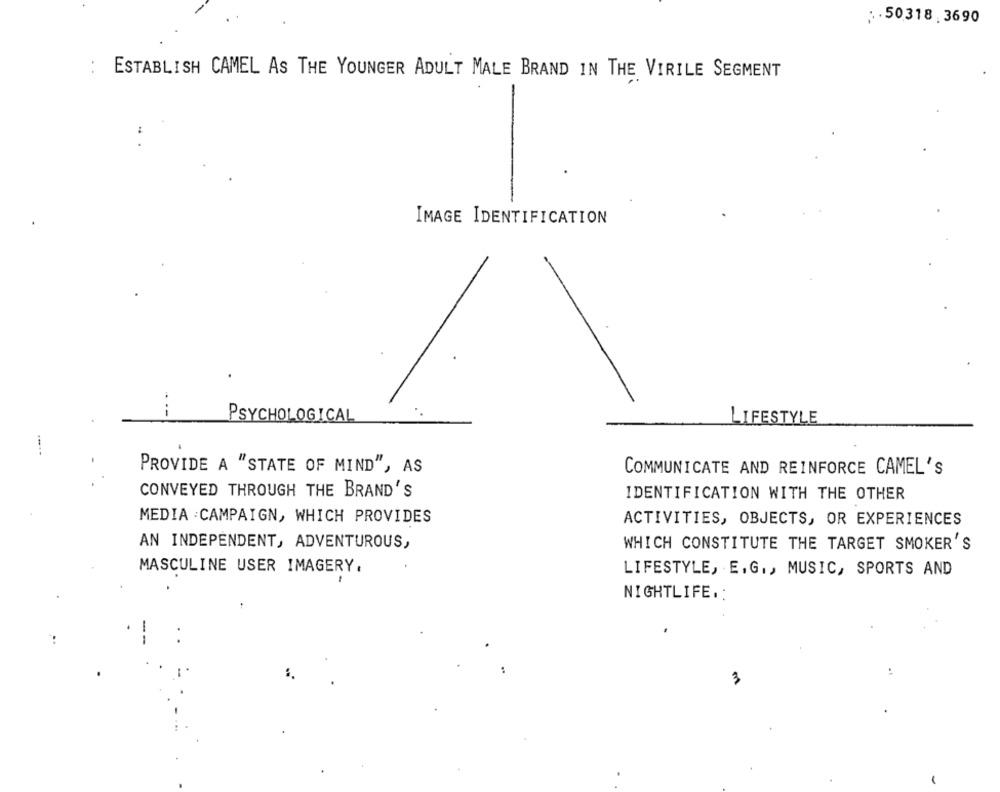
; · 50318 , 3690
ESTABLISH CAMEL AS THE YOUNGER ADULT MALE BRAND IN THE VIRILE SEGMENT
IMAGE IDENTIFICATION
PSYCHOLOGICAL
LIFESTYLE
....
PROVIDE A "STATE OF MIND", AS
COMMUNICATE AND REINFORCE CAMEL'S
CONVEYED THROUGH THE BRAND'S
IDENTIFICATION WITH THE OTHER
MEDIA :CAMPAIGN, WHICH PROVIDES
ACTIVITIES, OBJECTS, OR EXPERIENCES
AN INDEPENDENT, ADVENTUROUS,
WHICH CONSTITUTE THE TARGET SMOKER'S
MASCULINE USER IMAGERY.
LIFESTYLE, E.G ., MUSIC, SPORTS AND
NIGHTLIFE .:
3
-